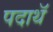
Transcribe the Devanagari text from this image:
पदाथॅ